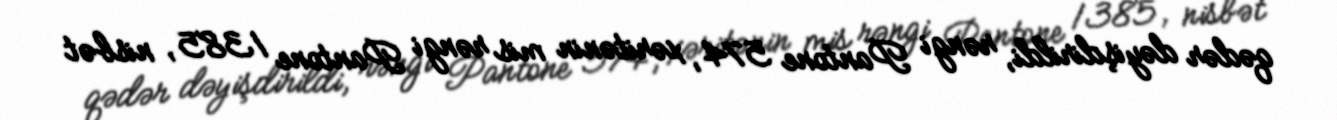
qədər dəyişdirildi, rəngi Pantone 574, xəritənin mis rəngi Pantone 1385, nisbət